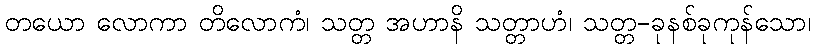
တယော လောကာ တိလောကံ၊ သတ္တ အဟာနိ သတ္တာဟံ၊ သတ္တ-ခုနစ်ခုကုန်သော၊